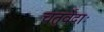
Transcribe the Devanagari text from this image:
चतुर्वेदाः